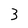
Character: 3